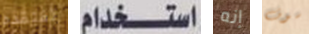
تفتقده استخدام إنه سوف